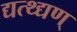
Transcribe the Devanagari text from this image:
द्यत्थ्द्यण्